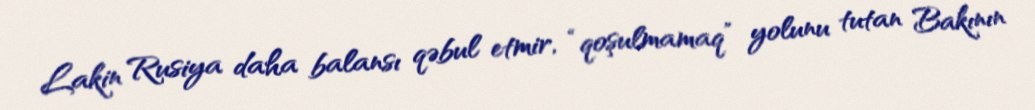
Lakin Rusiya daha balansı qəbul etmir, “qoşulmamaq” yolunu tutan Bakının